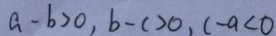
a - b > 0 , b - c > 0 , c - a < 0